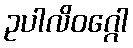
ဥပါလိဝဂ္ဂေါ